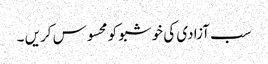
سب آزادی کی خوشبو کو محسوس کریں ۔